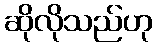
ဆိုလိုသည်ဟု